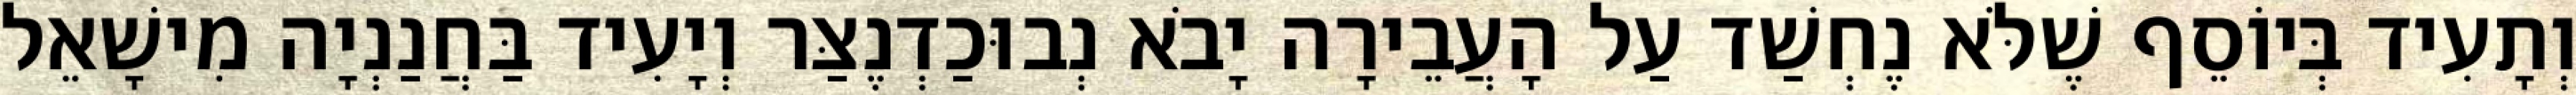
וְתָעִיד בְּיוֹסֵף שֶׁלֹּא נֶחְשַׁד עַל הָעֲבֵירָה יָבֹא נְבוּכַדְנֶצַּר וְיָעִיד בַּחֲנַנְיָה מִישָׁאֵל